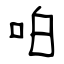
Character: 㕷